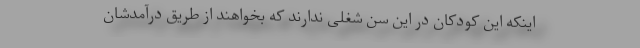
اینکه این کودکان در این سن شغلی ندارند که بخواهند از طریق درآمدشان